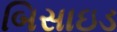
બિસાઇડ